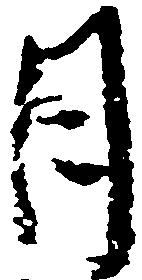
月